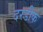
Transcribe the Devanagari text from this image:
दरडीक